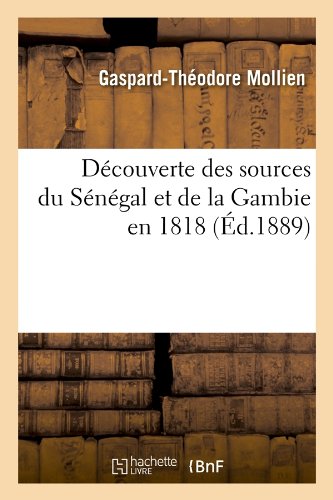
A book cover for Decouverte Des Sources Du Senegal Et de La Gambie En 1818 (Ed.1889) (Histoire) (French Edition); Gaspard-Theodore Mollien; Travel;